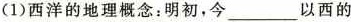
(1)西洋的地理概念：明初，今_以西的